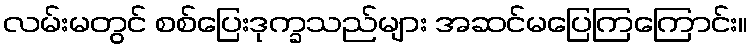
လမ်းမတွင် စစ်ပြေးဒုက္ခသည်များ အဆင်မပြေကြကြောင်း။